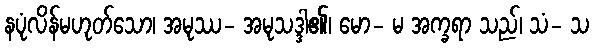
နပုံလိန်မဟုတ်သော၊ အမုဿ- အမုသဒ္ဒါ၏၊ မော- မ အက္ခရာ သည်၊ သံ- သ